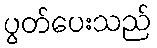
ပွတ်ပေးသည်